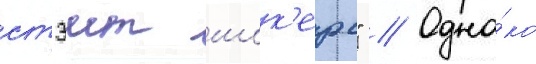
стэит шок'ерс" // Одна́ко